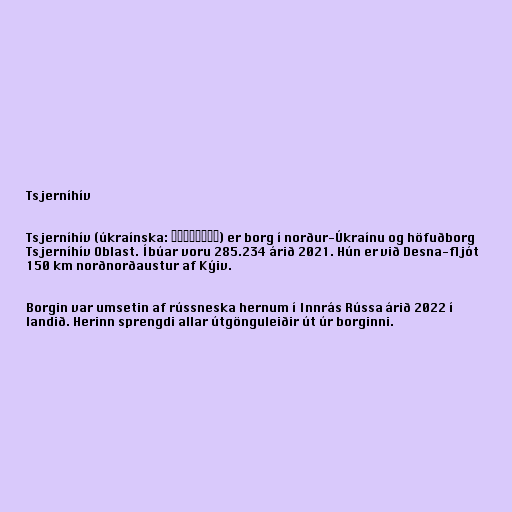
Tsjerníhív

Tsjerníhív (úkraínska: Чернігів) er borg í norður-Úkraínu og höfuðborg
Tsjerníhív Oblast. Íbúar voru 285.234 árið 2021. Hún er við Desna-fljót
150 km norðnorðaustur af Kýiv.

Borgin var umsetin af rússneska hernum í Innrás Rússa árið 2022 í
landið. Herinn sprengdi allar útgönguleiðir út úr borginni.